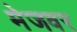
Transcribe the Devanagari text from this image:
मेजवर